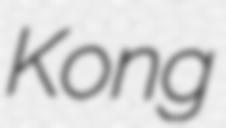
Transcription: Kong